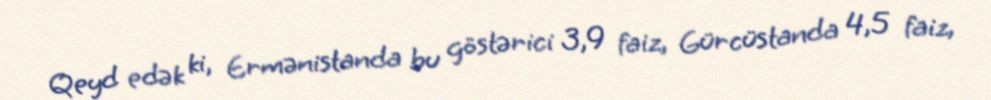
Qeyd edək ki, Ermənistanda bu göstərici 3,9 faiz, Gürcüstanda 4,5 faiz,